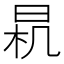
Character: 𣌯